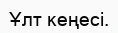
Ұлт кеңесі.